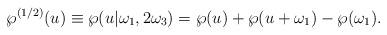
LaTeX: \begin{align*}\wp^{(1/2)}(u)\equiv\wp(u| \omega_1,2\omega_3)=\wp(u)+\wp(u+\omega_1)-\wp(\omega_1). \end{align*}